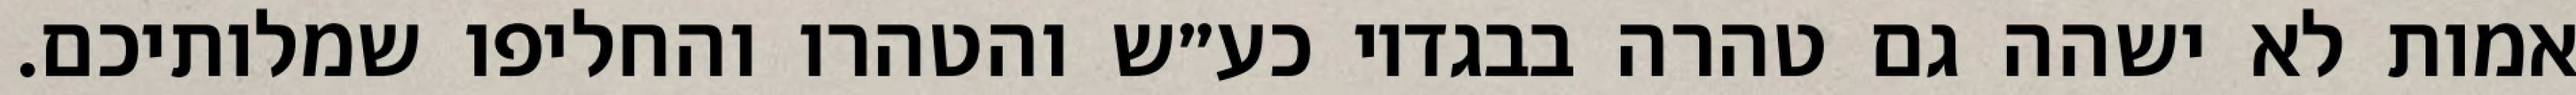
אמות לא ישהה גם טהרה בבגדיו כע״ש והטהרו והחליפו שמלותיכם.